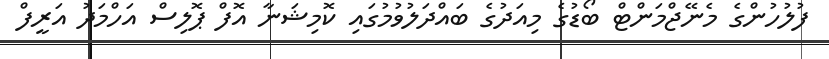
ފުލުހުންގެ މެނޭޖްމަންޓް ބޯޑުގެ މިއަދުގެ ބައްދަލުވުމުގައި ކޮމިޝަނާ އޮފް ޕޮލިސް އަހްމަދު އަރީފް